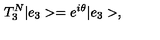
T _ { 3 } ^ { N } | e _ { 3 } > = e ^ { i \theta } | e _ { 3 } > ,